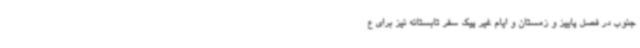
جنوب در فصل پاییز و زمستان و ایام غیر پیک سفر تابستانه نیز برای ع